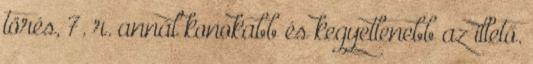
törés, 7. r. annál konokabb és kegyetlenebb az illető.